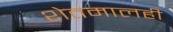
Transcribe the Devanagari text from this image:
शेतमालही